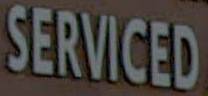
SERVICED